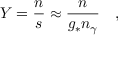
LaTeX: Y = \frac { n } { s } \approx \frac { n } { g _ { \ast } n _ { \gamma } } \quad ,